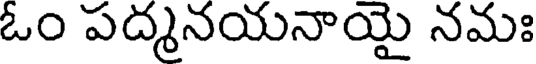
ఓం పద్మనయనాయై నమః